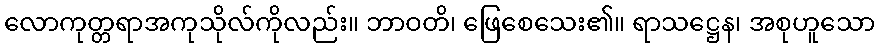
လောကုတ္တရာအကုသိုလ်ကိုလည်း။ ဘာဝတိ၊ ဖြေစေသေး၏။ ရာသဋ္ဌေန၊ အစုဟူသော